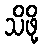
သိဖို့